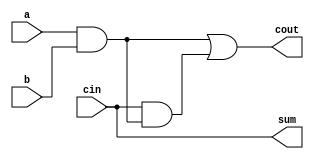
module incorr_full_adder(a,b,cin,sum,cout);
input a,b,cin;
output sum,cout;
assign sum = 1'b0^cin;
assign cout = a&b|cin&(a&b); 
// initial begin
//     $display("The incorrect adder with xor0 and xor1 having out/0 and in1/0");
// end   
endmodule